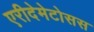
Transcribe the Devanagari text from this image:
एरीदेमेटोसस